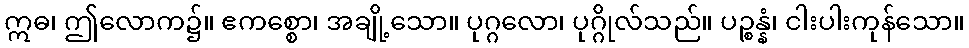
ဣဓ၊ ဤလောက၌။ ဧကစ္စော၊ အချို့သော။ ပုဂ္ဂလော၊ ပုဂ္ဂိုလ်သည်။ ပဉ္စန္နံ၊ ငါးပါးကုန်သော။